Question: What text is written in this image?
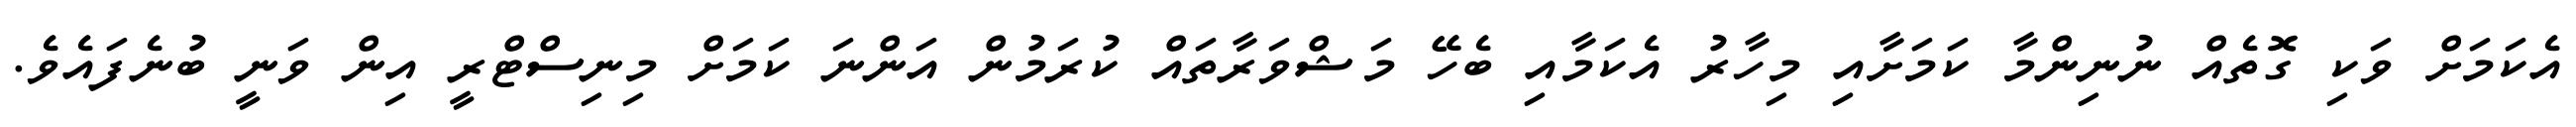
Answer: އެކަމަށް ވަކި ގޮތެއް ނުނިންމާ ކަމަށާއި މިހާރު އެކަމާއި ބެހޭ މަޝްވަރާތައް ކުރަމުން އަންނަ ކަމަށް މިނިސްޓްރީ އިން ވަނީ ބުނެފައެވެ.